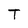
Character: T